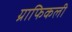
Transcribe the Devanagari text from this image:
ग्राफिकली